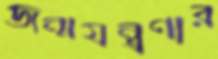
জন্মযন্ত্রণার